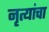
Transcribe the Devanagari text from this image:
नृत्यांचा